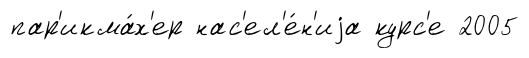
пар'икма́х'ер нас'ел'е́н'иjа курс'е 2005